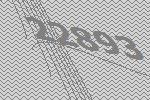
22893